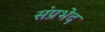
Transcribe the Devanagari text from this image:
संप्रभेद